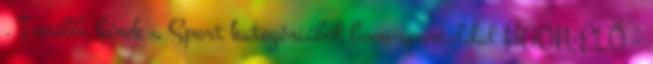
. További hírek a Sport kategóriából boon-sportoldal HAON-ÉLŐ –